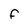
Character: F